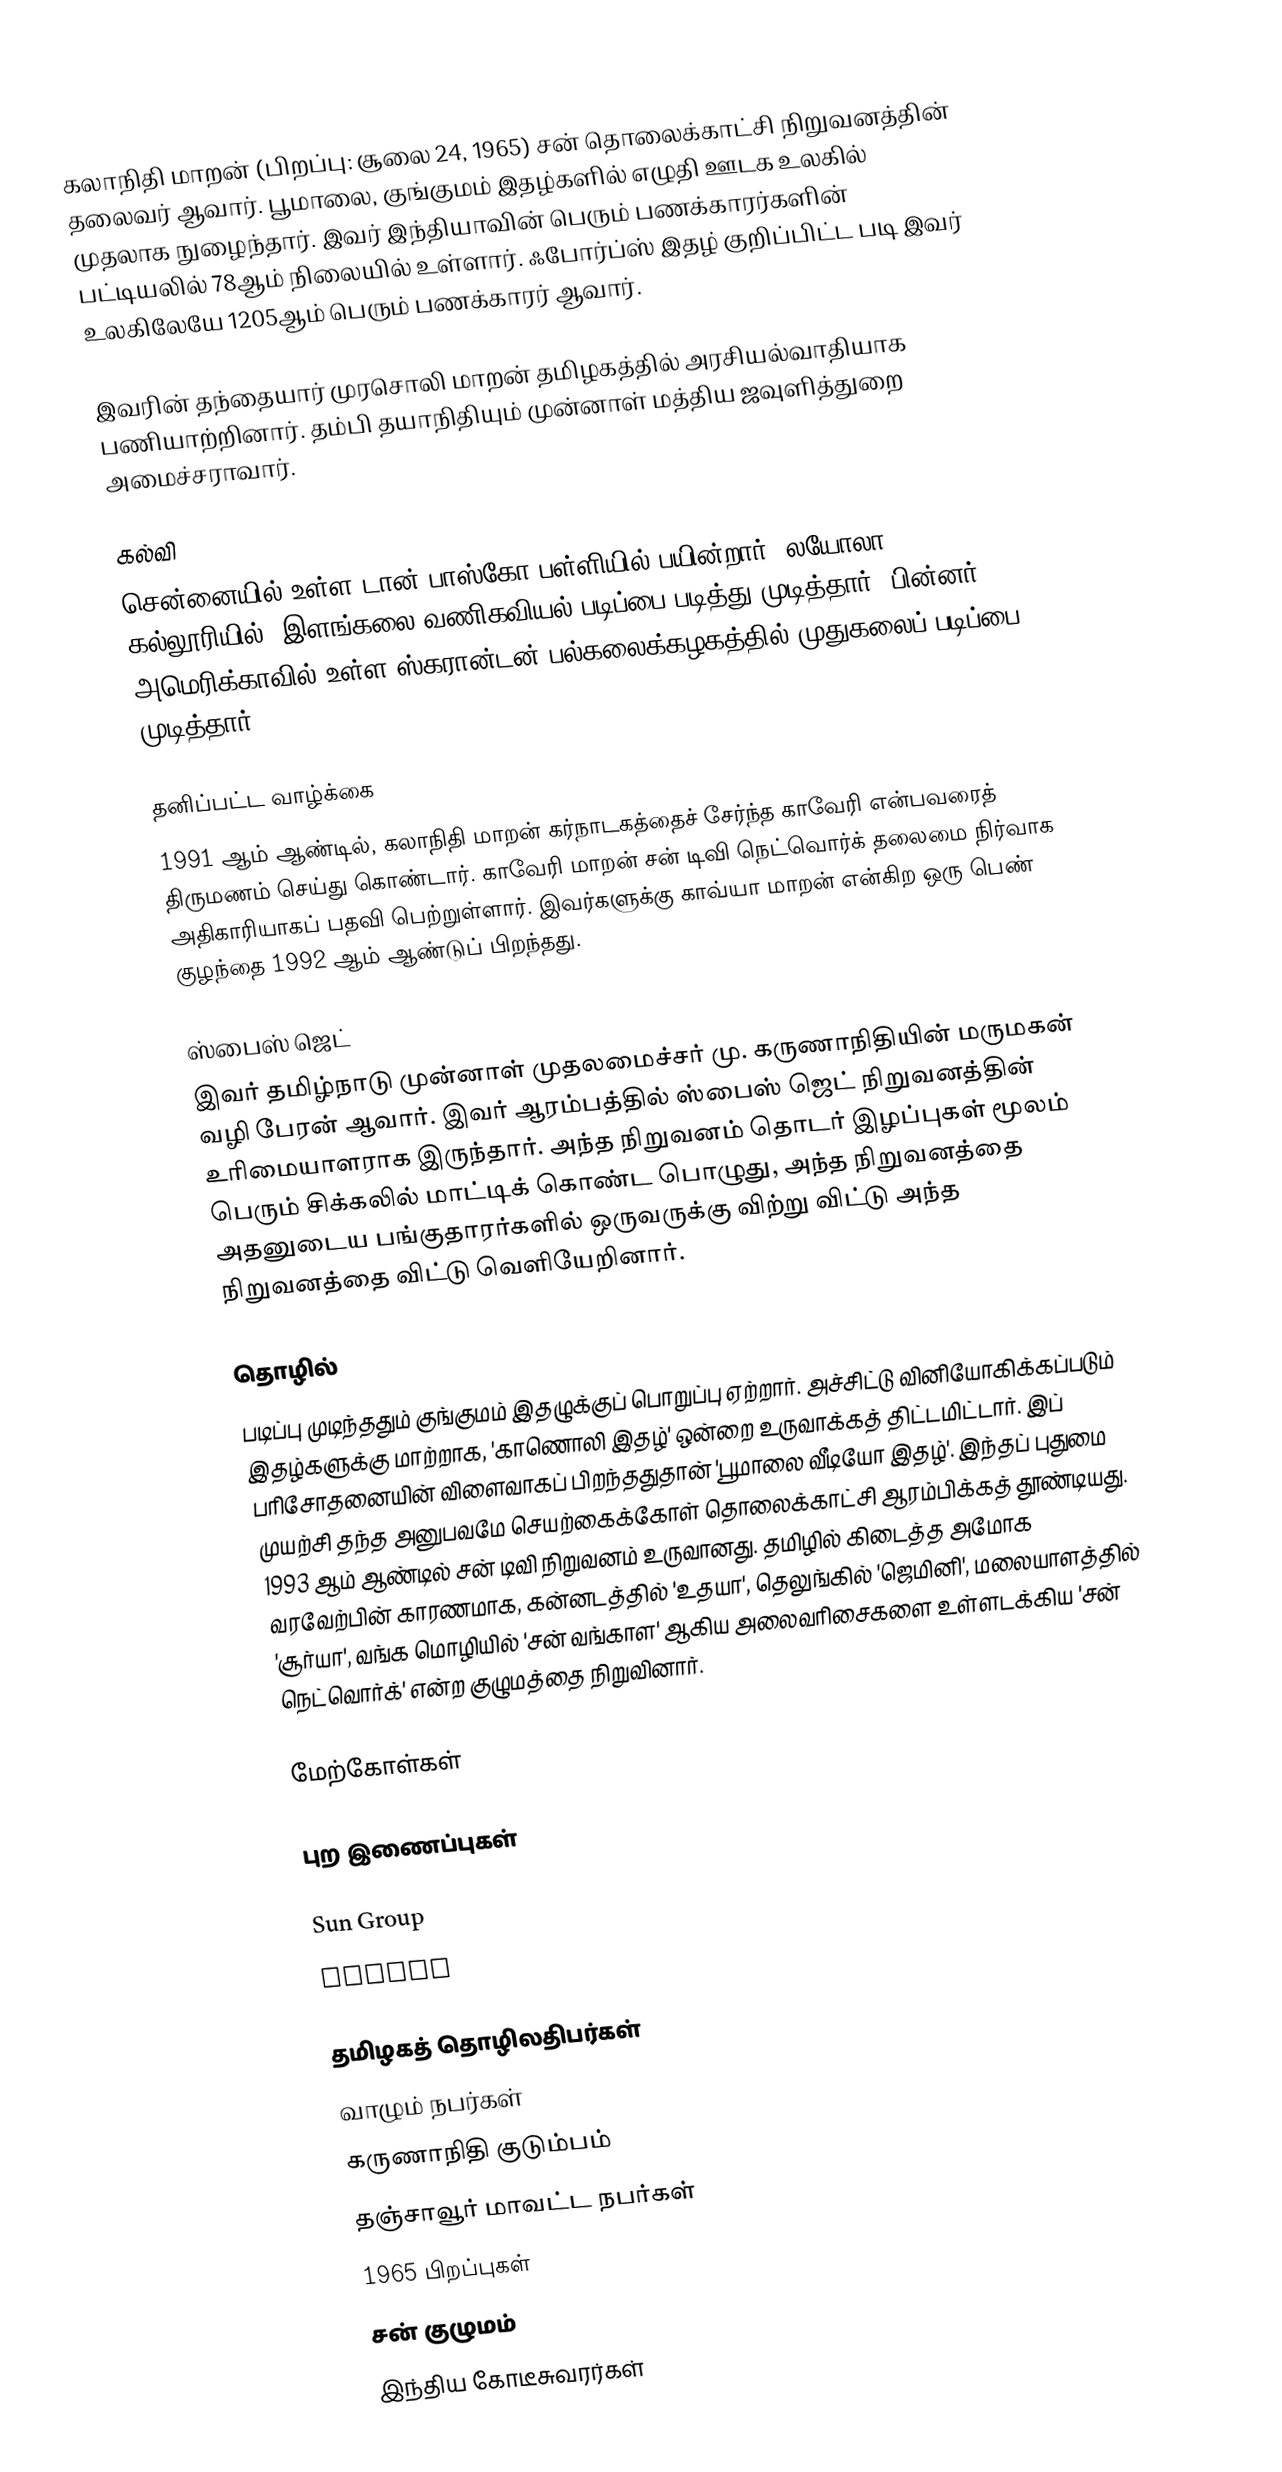
கலாநிதி மாறன் (பிறப்பு: சூலை 24, 1965) சன் தொலைக்காட்சி நிறுவனத்தின் தலைவர் ஆவார். பூமாலை, குங்குமம் இதழ்களில் எழுதி ஊடக உலகில் முதலாக நுழைந்தார். இவர் இந்தியாவின் பெரும் பணக்காரர்களின் பட்டியலில் 78ஆம் நிலையில் உள்ளார். ஃபோர்ப்ஸ் இதழ் குறிப்பிட்ட படி இவர் உலகிலேயே 1205ஆம் பெரும் பணக்காரர் ஆவார்.

இவரின் தந்தையார் முரசொலி மாறன் தமிழகத்தில் அரசியல்வாதியாக பணியாற்றினார். தம்பி தயாநிதியும் முன்னாள் மத்திய ஜவுளித்துறை அமைச்சராவார்.

கல்வி
சென்னையில் உள்ள டான் பாஸ்கோ பள்ளியில் பயின்றார். லயோலா கல்லூரியில், இளங்கலை வணிகவியல் படிப்பை படித்து முடித்தார். பின்னர் அமெரிக்காவில் உள்ள ஸ்கரான்டன் பல்கலைக்கழகத்தில் முதுகலைப் படிப்பை முடித்தார்.

தனிப்பட்ட வாழ்க்கை
1991 ஆம் ஆண்டில், கலாநிதி மாறன் கர்நாடகத்தைச் சேர்ந்த காவேரி என்பவரைத் திருமணம் செய்து கொண்டார். காவேரி மாறன் சன் டிவி நெட்வொர்க் தலைமை நிர்வாக அதிகாரியாகப் பதவி பெற்றுள்ளார். இவர்களுக்கு காவ்யா மாறன் என்கிற ஒரு பெண் குழந்தை 1992 ஆம் ஆண்டுப் பிறந்தது.

ஸ்பைஸ் ஜெட்
இவர் தமிழ்நாடு முன்னாள் முதலமைச்சர் மு. கருணாநிதியின் மருமகன் வழி பேரன் ஆவார். இவர் ஆரம்பத்தில் ஸ்பைஸ் ஜெட் நிறுவனத்தின் உரிமையாளராக இருந்தார். அந்த நிறுவனம் தொடர் இழப்புகள் மூலம் பெரும் சிக்கலில் மாட்டிக் கொண்ட பொழுது, அந்த நிறுவனத்தை அதனுடைய பங்குதாரர்களில் ஒருவருக்கு விற்று விட்டு அந்த நிறுவனத்தை விட்டு வெளியேறினார்.

தொழில்
படிப்பு முடிந்ததும் குங்குமம் இதழுக்குப் பொறுப்பு ஏற்றார். அச்சிட்டு வினியோகிக்கப்படும் இதழ்களுக்கு மாற்றாக, 'காணொலி இதழ்' ஒன்றை உருவாக்கத் திட்டமிட்டார். இப் பரிசோதனையின் விளைவாகப் பிறந்ததுதான் 'பூமாலை வீடியோ இதழ்'. இந்தப் புதுமை முயற்சி தந்த அனுபவமே செயற்கைக்கோள் தொலைக்காட்சி ஆரம்பிக்கத் தூண்டியது. 1993 ஆம் ஆண்டில் சன் டிவி நிறுவனம் உருவானது. தமிழில் கிடைத்த அமோக வரவேற்பின் காரணமாக, கன்னடத்தில் 'உதயா', தெலுங்கில் 'ஜெமினி', மலையாளத்தில் 'சூர்யா', வங்க மொழியில்  'சன் வங்காள' ஆகிய அலைவரிசைகளை உள்ளடக்கிய 'சன் நெட்வொர்க்' என்ற குழுமத்தை நிறுவினார்.

மேற்கோள்கள்

புற இணைப்புகள்

 Sun Group
 Forbes

தமிழகத் தொழிலதிபர்கள்
வாழும் நபர்கள்
கருணாநிதி குடும்பம்
தஞ்சாவூர் மாவட்ட நபர்கள்
1965 பிறப்புகள்
சன் குழுமம்
இந்திய கோடீசுவரர்கள்